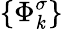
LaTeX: \{ \Phi_{\mathit{k}}^{\sigma}\}